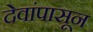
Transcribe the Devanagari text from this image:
देवांपासून